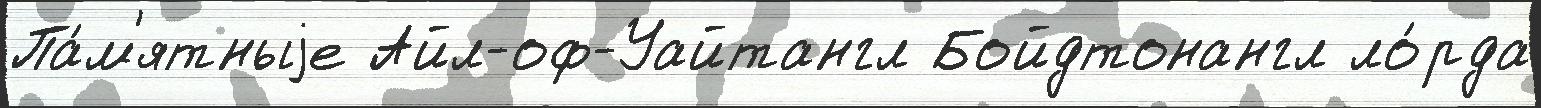
Па́м'ятныjе Айл-оф-Уайтангл Бойдтонангл ло́рда